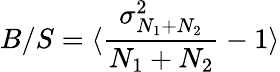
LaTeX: B/S=\langle{\frac{\sigma_{N_{1}+N_{2}}^{2}}{N_{1}+N_{2}}}-1\rangle